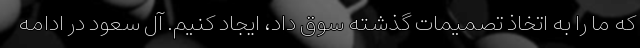
که ما را به اتخاذ تصمیمات گذشته سوق داد، ایجاد کنیم. آل سعود در ادامه